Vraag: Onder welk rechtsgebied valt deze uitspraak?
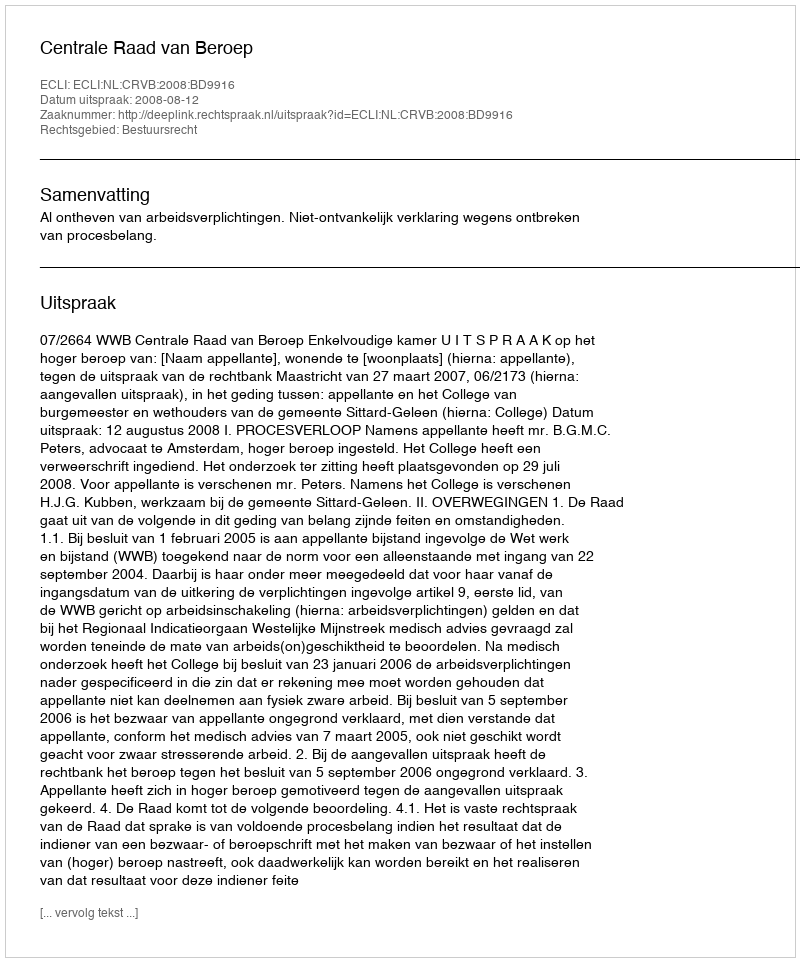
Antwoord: Bestuursrecht